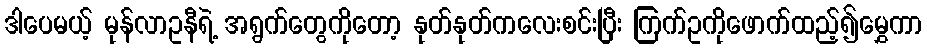
ဒါပေမယ့် မုန်လာဥနီရဲ့ အရွက်တွေကိုတော့ နုတ်နုတ်ကလေးစင်းပြီး ကြက်ဥကိုဖောက်ထည့်၍မွှေကာ